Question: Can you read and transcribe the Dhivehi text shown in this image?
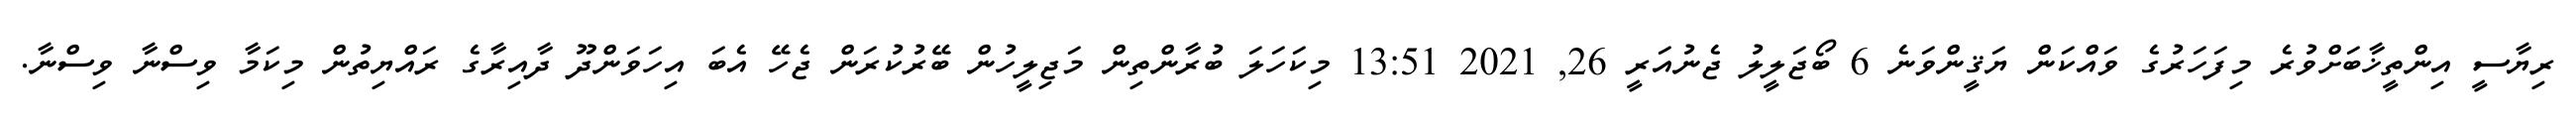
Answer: ރިޔާސީ އިންތީޚާބަށްވުރެ މިފަހަރުގެ ވައްކަން ޔަޤީންވަނެ 6 ބޯޖަލީލު ޖެނުއަރީ 26, 2021 13:51 މިކަހަލަ ބުރާންތިން މަޖިލީހުން ބޭރުކުރަން ޖެހޭ އެބަ އިހަވަންދޫ ދާއިރާގެ ރައްޔިތުން މިކަމާ ވިސްނާ ވިސްނާ.